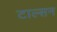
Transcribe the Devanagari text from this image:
टाल्सन